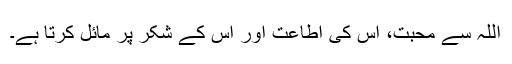
اللہ سے محبت، اس کی اطاعت اور اس کے شکر پر مائل کرتا ہے۔